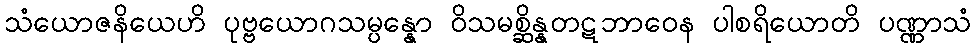
သံယောဇနိယေဟိ ပုဗ္ဗယောဂသမ္ပန္နော ဝိသမစ္ဆိန္နတဋဘာဝေန ပါစရိယောတိ ပဏ္ဏာသံ